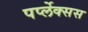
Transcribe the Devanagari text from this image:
पर्प्लेक्सस